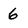
Character: 6